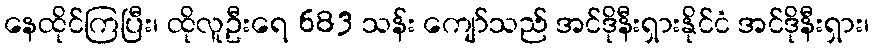
နေထိုင်ကြပြီး၊ ထိုလူဦးရေ 683 သန်း ကျော်သည် အင်ဒိုနီးရှားနိုင်ငံ အင်ဒိုနီးရှား၊